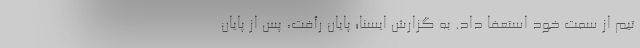
تیم از سمت خود استعفا داد. به گزارش ایسنا؛ پایان رأفت، پس از پایان